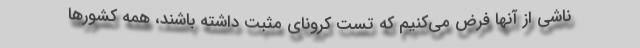
ناشی از آنها فرض می‌کنیم که تست کرونای مثبت داشته باشند، همه کشورها